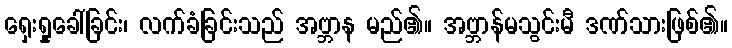
ရှေးရှုခေါ်ခြင်း၊ လက်ခံခြင်းသည် အဗ္ဘာန မည်၏။ အဗ္ဘာန်မသွင်းမီ ဒဏ်သားဖြစ်၏။